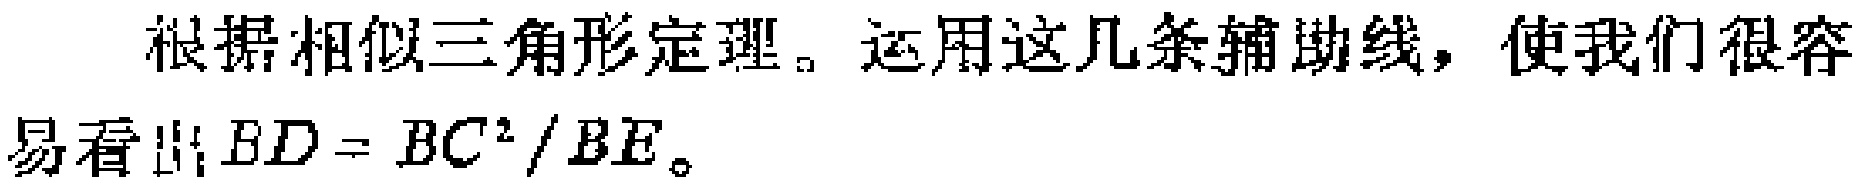
根据相似三角形定理。运用这几条辅助线，使我们很容
易看出\(BD = BC^{2}/BE\)。